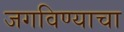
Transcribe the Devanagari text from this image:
जगविण्याचा